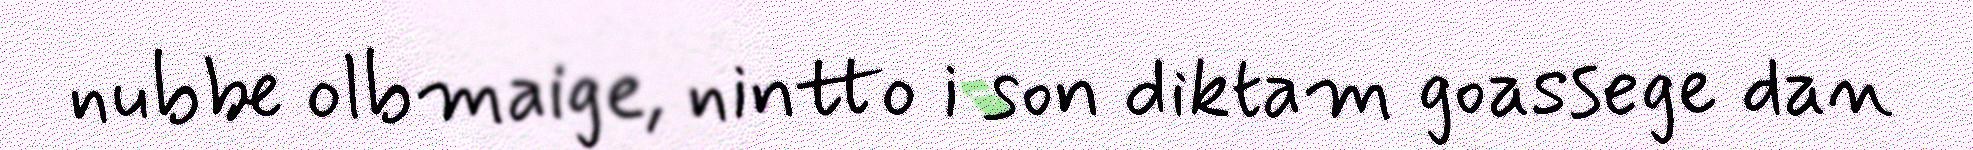
nubbe olbmaige, nintto i son diktam goassege dan